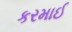
કરમાઈ